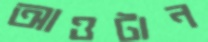
আওটান